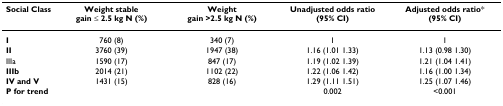
<table><thead><tr><td><b>Social Class</b></td><td><b>Weight stable gain ≤ 2.5 kg N (%)</b></td><td><b>Weight gain &gt;2.5 kg N (%)</b></td><td><b>Unadjusted odds ratio (95% CI)</b></td><td><b>Adjusted odds ratio* (95% CI)</b></td></tr></thead><tbody><tr><td><b>I</b></td><td>760 (8)</td><td>340 (7)</td><td>1</td><td>1</td></tr><tr><td><b>II</b></td><td>3760 (39)</td><td>1947 (38)</td><td>1.16 (1.01 1.33)</td><td>1.13 (0.98 1.30)</td></tr><tr><td>IIIa</td><td>1590 (17)</td><td>847 (17)</td><td>1.19 (1.02 1.39)</td><td>1.21 (1.04 1.41)</td></tr><tr><td><b>IIIb</b></td><td>2014 (21)</td><td>1102 (22)</td><td>1.22 (1.06 1.42)</td><td>1.16 (1.00 1.34)</td></tr><tr><td><b>IV and V</b></td><td>1431 (15)</td><td>828 (16)</td><td>1.29 (1.11 1.51)</td><td>1.25 (1.07 1.46)</td></tr><tr><td><b>P for trend</b></td><td></td><td></td><td>0.002</td><td>&lt;0.001</td></tr></tbody></table>